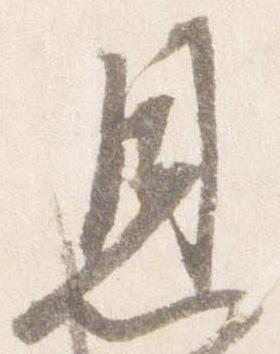
恩